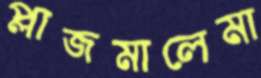
প্লাজমালেমা